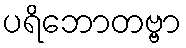
ပရိဘောတဗ္ဗာ